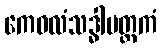
ကေဝလံသဒ္ဓါမတ္တကံ